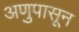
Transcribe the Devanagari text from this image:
अणुपासून